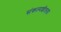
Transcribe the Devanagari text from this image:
संकल्पशीलता